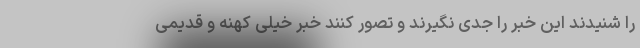
را شنیدند این خبر را جدی نگیرند و تصور کنند خبر خیلی کهنه و قدیمی